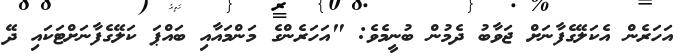
އަހަރެން އެކަލޭގެފާނަށް ޖަވާބު ދެމުން ބުނީމެވެ: "އަހަރެންގެ މަންމައާއި ބައްޕަ ކަލޭގެފާނަށްޓަކައި ދޭ